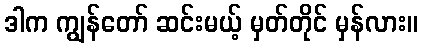
ဒါက ကျွန်တော် ဆင်းမယ့် မှတ်တိုင် မှန်လား။